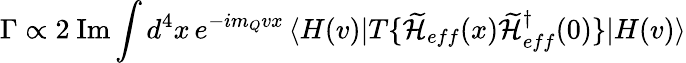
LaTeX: \Gamma\propto 2\mathrm{~Im}\int d^{4}x\, e^{-im_{Q}vx}\, \langle H(v)|T\{ \widetilde{{\cal H}}_{eff}(x)\widetilde{{\cal H}}_{eff}^{\dagger}(0)\} |H(v)\rangle